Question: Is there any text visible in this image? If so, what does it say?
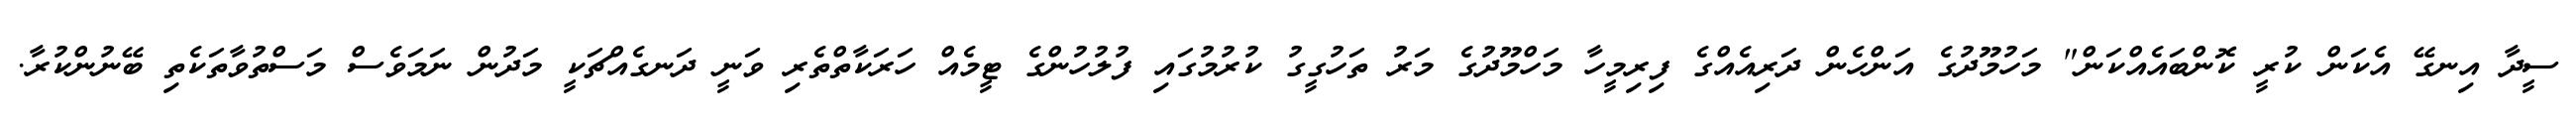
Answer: ސީދާ އިނގޭ އެކަން ކުރީ ކޮންބައެއްކަން" މަހުމޫދުގެ އަންހެން ދަރިއެއްގެ ފިރިމީހާ މަހްމޫދުގެ މަރު ތަހުގީގު ކުރުމުގައި ފުލުހުންގެ ޓީމެއް ހަރަކާތްތެރި ވަނީ ދަނގެއްޗަކީ މަދުން ނަމަވެސް މަސްތުވާތަކެތި ބޭނުންކުރާ.